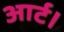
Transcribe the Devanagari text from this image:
आर्ट।